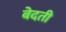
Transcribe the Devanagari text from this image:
बेदती